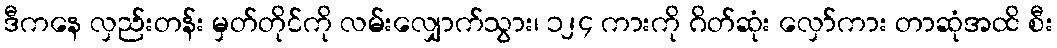
ဒီကနေ လှည်းတန်း မှတ်တိုင်ကို လမ်းလျှောက်သွား၊ ၁၂၄ ကားကို ဂိတ်ဆုံး လှော်ကား တာဆုံအထိ စီး